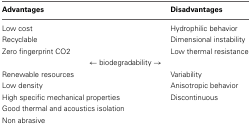
<table><thead><tr><td><b>Advantages</b></td><td><b>Disadvantages</b></td></tr></thead><tbody><tr><td>Low cost</td><td>Hydrophilic behavior</td></tr><tr><td>Recyclable</td><td>Dimensional instability</td></tr><tr><td>Zero fingerprint CO2</td><td>Low thermal resistance</td></tr><tr><td colspan="2">← biodegradability →</td></tr><tr><td>Renewable resources</td><td>Variability</td></tr><tr><td>Low density</td><td>Anisotropic behavior</td></tr><tr><td>High specific mechanical properties</td><td>Discontinuous</td></tr><tr><td>Good thermal and acoustics isolation</td><td></td></tr><tr><td>Non abrasive</td><td></td></tr></tbody></table>